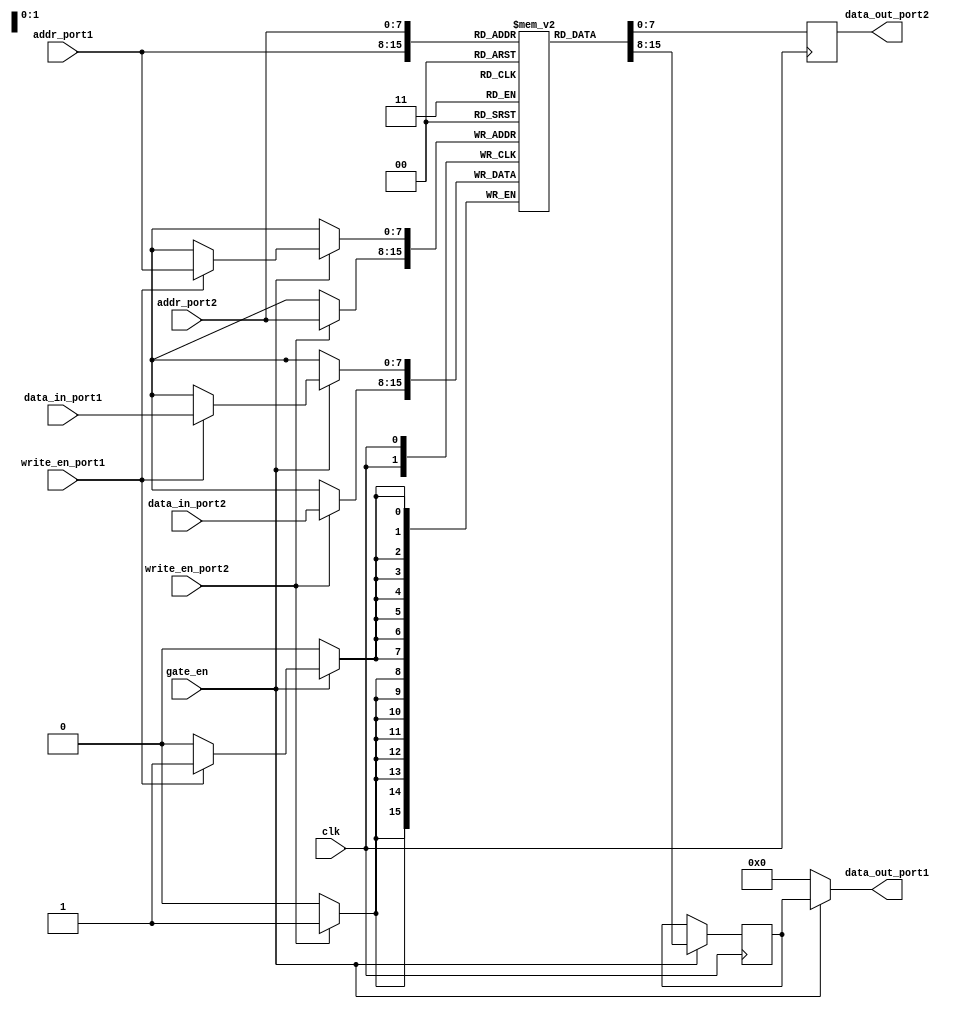
module dual_port_ram (
    input clk,               // Clock signal
    input [7:0] addr_port1,  // Address for port 1
    input [7:0] addr_port2,  // Address for port 2
    input write_en_port1,    // Write enable for port 1
    input write_en_port2,    // Write enable for port 2
    input gate_en,           // Gating enable signal
    input [7:0] data_in_port1, // Data input for port 1
    input [7:0] data_in_port2, // Data input for port 2
    output reg [7:0] data_out_port1, // Data output for port 1
    output reg [7:0] data_out_port2 // Data output for port 2
);

reg [7:0] mem [0:255];      // Dual port RAM with fixed size 256
reg [7:0] data_out1, data_out2;

always @(posedge clk) begin
    if (gate_en) begin
        if (write_en_port1) begin
            mem[addr_port1] <= data_in_port1;
        end
        data_out1 <= mem[addr_port1];
    end
    
    if (write_en_port2) begin
        mem[addr_port2] <= data_in_port2;
    end
    data_out2 <= mem[addr_port2];
end

assign data_out_port1 = gate_en ? data_out1 : 8'b0; // Gated access for port 1
assign data_out_port2 = data_out2;

endmodule